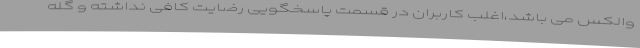
والکس می باشد،اغلب کاربران در قسمت پاسخگویی رضایت کافی نداشته و گله